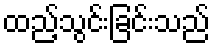
ထည့်သွင်းခြင်းသည်